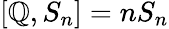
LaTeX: [\mathbb{Q},S_{n}]=nS_{n}